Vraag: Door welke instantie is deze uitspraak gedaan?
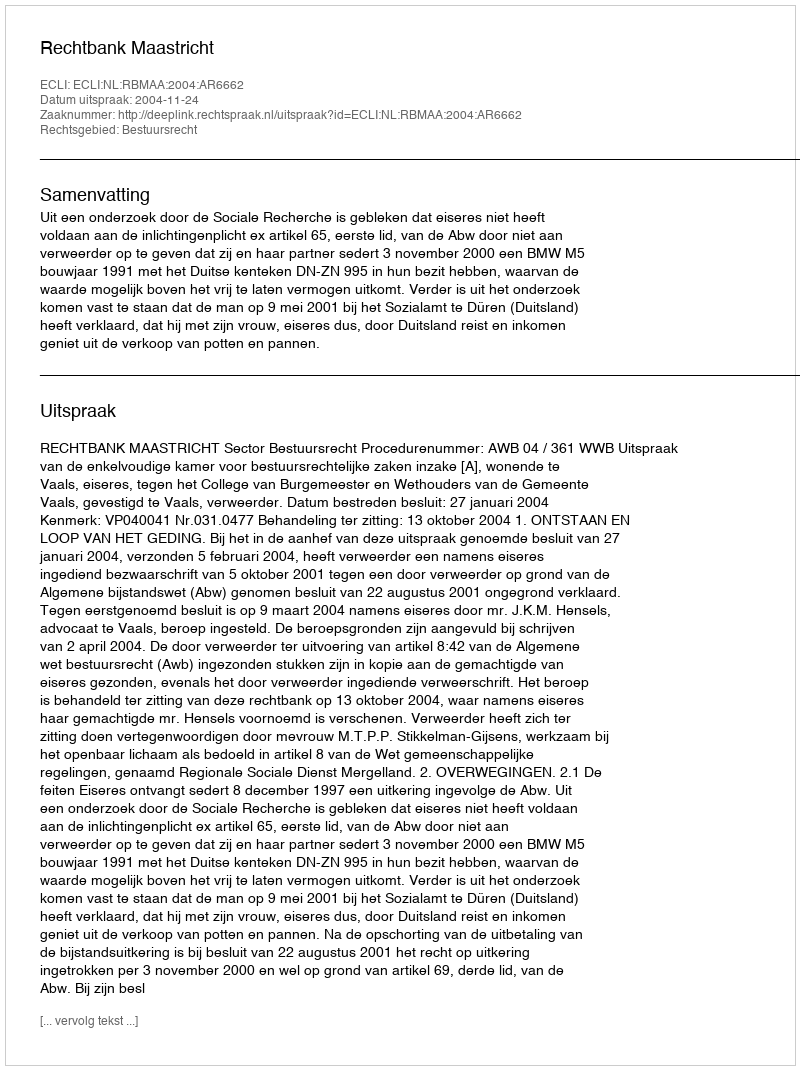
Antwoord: Rechtbank Maastricht